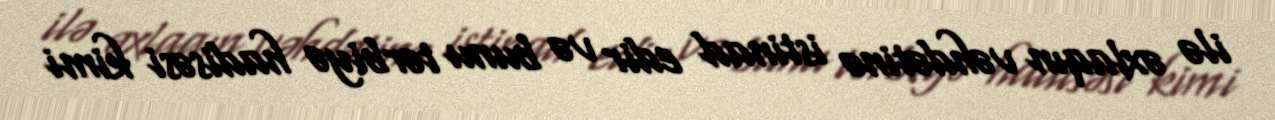
ilə əxlaqın vəhdətinə istinad edir və bunu tərbiyə hadisəsi kimi